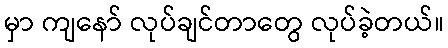
မှာ ကျနော် လုပ်ချင်တာတွေ လုပ်ခဲ့တယ်။